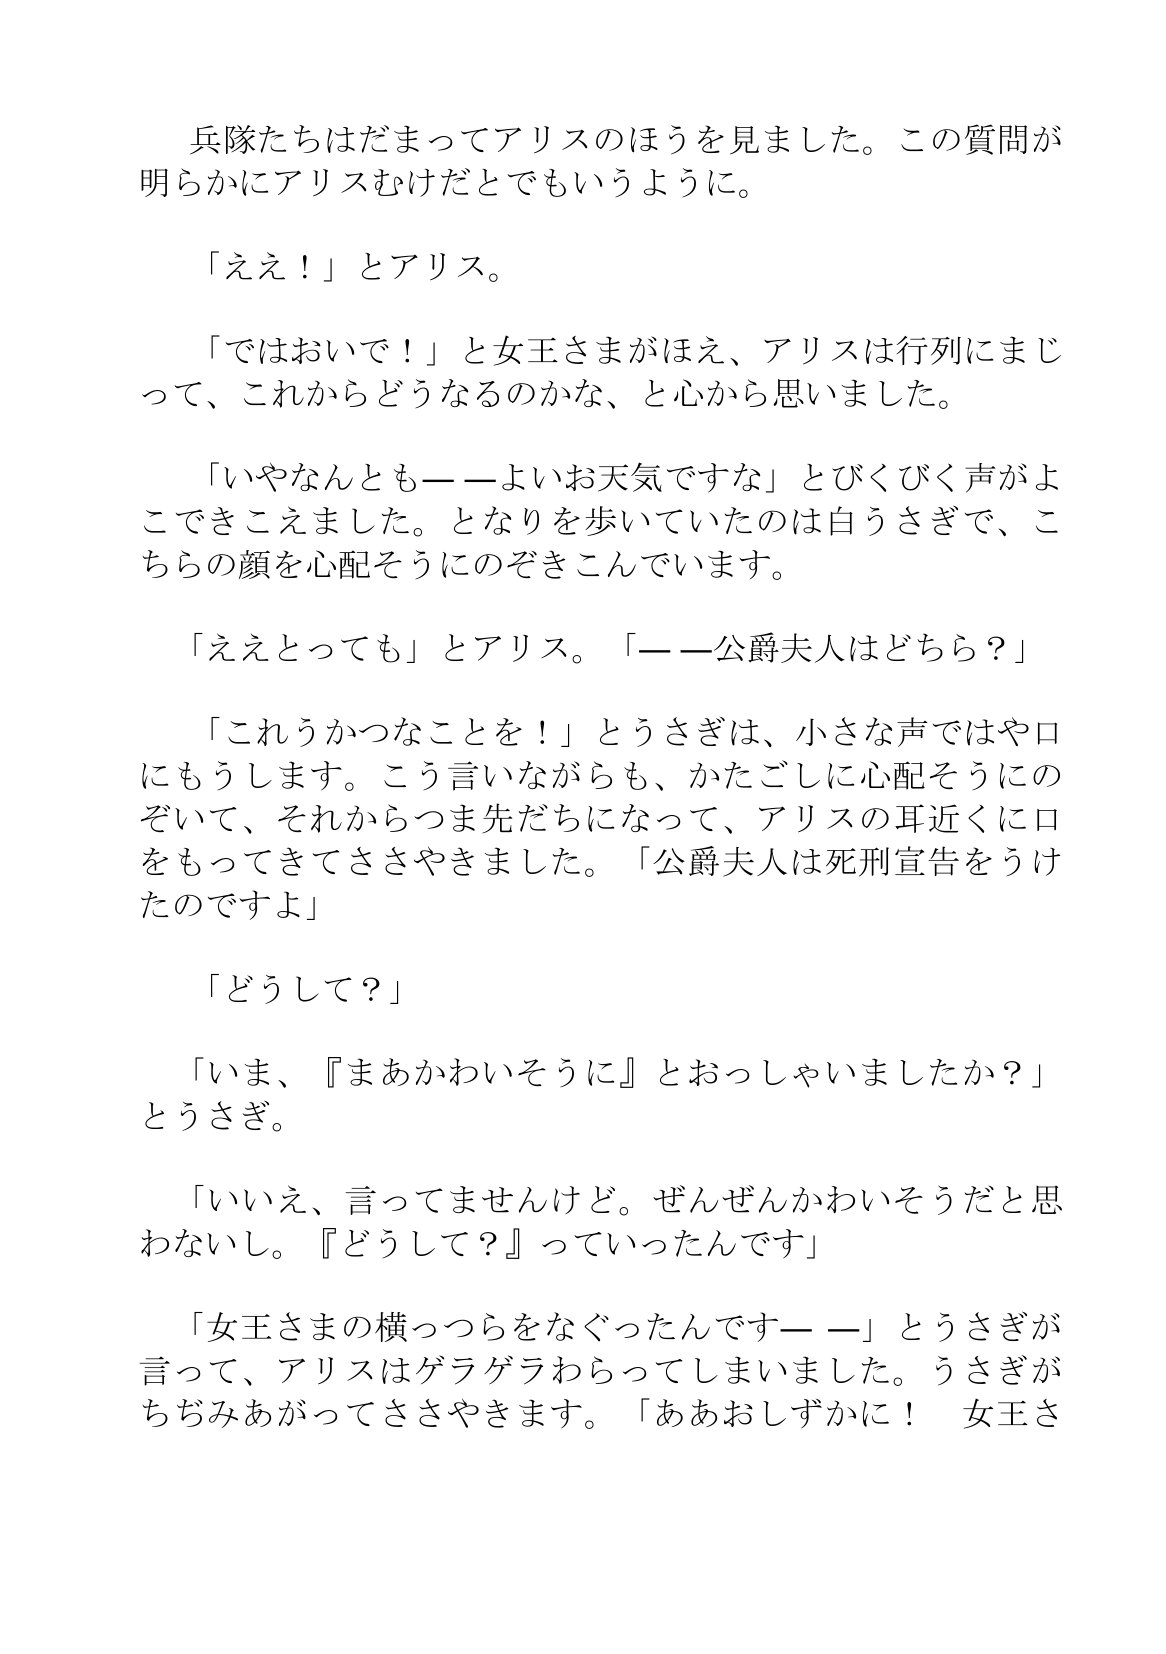
Language: ja